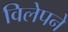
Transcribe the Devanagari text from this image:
विलेपने